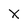
Character: X